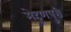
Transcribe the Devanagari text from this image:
मेहुणपुरी